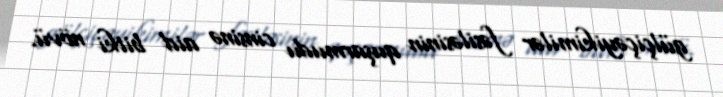
gülçiçəyikimilər fəsiləsinin quşarmudu cinsinə aid bitki növü.